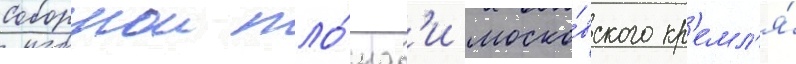
соборнои пло́щад'и моско́вского кр'емл'я́